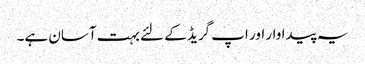
یہ پیداوار اور اپ گریڈ کے لئے بہت آسان ہے۔